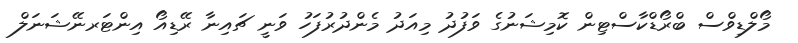
މޯލްޑިވްސް ބްރޯޑްކާސްޓިން ކޮމިޝަނުގެ ވަފުދު މިއަދު މެންދުރުފަހު ވަނީ ޗައިނާ ރޭޑިއޯ އިންޓަރނޭޝަނަލް